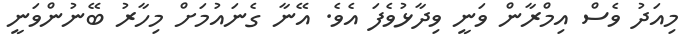
މިއަދު ވެސް އިމްރާން ވަނީ ވިދާޅުވެފަ އެވެ. އޭނާ ގެނައުމަށް މިހާރު ބޭނުންވަނީ